Leaving Certificate Examination (including Day School Certificate (Higher) General paper), 1937
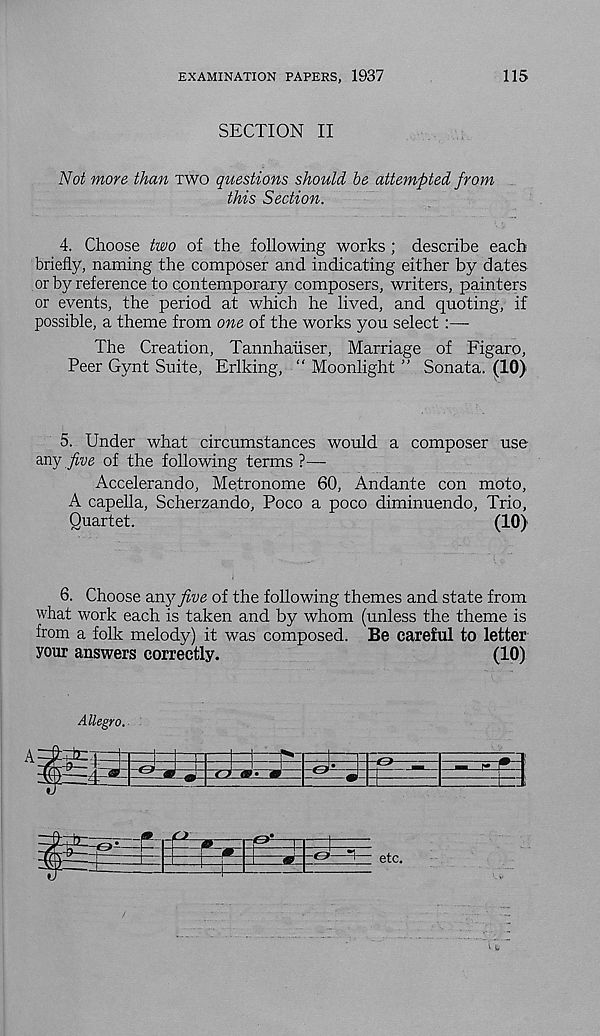
EXAMINATION PAPERS, 1937
115
SECTION II
Not more than two questions should be attempted from
this Section.
4. Choose two of the following works ; describe each
briefly, naming the composer and indicating either by dates
or by reference to contemporary composers, writers, painters
or events, the period at which he lived, and quoting, if
possible, a theme from one of the works you select
The Creation, Tannhaiiser, Marriage of Figaro,
Peer Gynt Suite, Erlking, “ Moonlight ” Sonata. (10)
5. Under what circumstances would a composer use
any five of the following terms ?—-
Accelerando, Metronome 60, Andante con moto,
A capella, Scherzando, Poco a poco diminuendo, Trio,
Quartet.
(10)
6. Choose any five of the following themes and state from
what work each is taken and by whom (unless the theme is
from a folk melody) it was composed. Be careful to letter
your answers correctly.
(10)
Allegro.
u'